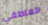
العاطفي